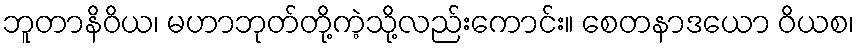
ဘူတာနိဝိယ၊ မဟာဘုတ်တို့ကဲ့သို့လည်းကောင်း။ စေတနာဒယော ဝိယစ၊